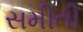
સમીતી